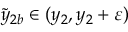
\tilde { y } _ { 2 b } \in ( y _ { 2 } , y _ { 2 } + \varepsilon )